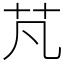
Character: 芃